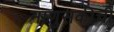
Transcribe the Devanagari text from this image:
माणुसकीची